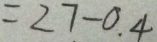
= 2 7 - 0 . 4